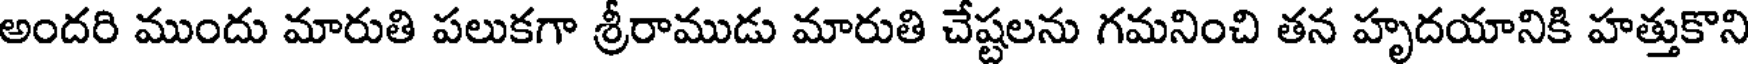
అందరి ముందు మారుతి పలుకగా శ్రీరాముడు మారుతి చేష్టలను గమనించి తన హృదయానికి హత్తుకొని